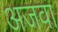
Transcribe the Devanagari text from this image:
अजवा